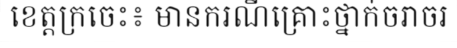
ខេត្តក្រចេះ៖ មានករណីគ្រោះថ្នាក់ចរាចរ